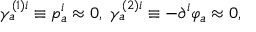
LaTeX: \gamma _ { a } ^ { ( 1 ) i } \equiv p _ { a } ^ { i } \approx 0 , \; \gamma _ { a } ^ { ( 2 ) i } \equiv - \partial ^ { i } \varphi _ { a } \approx 0 ,